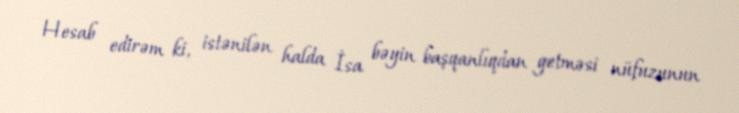
Hesab edirəm ki, istənilən halda İsa bəyin başqanlıqdan getməsi nüfuzunun